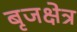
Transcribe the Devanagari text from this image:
बृजक्षेत्र